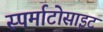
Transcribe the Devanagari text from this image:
स्पर्माटोसाइट